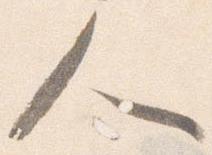
人